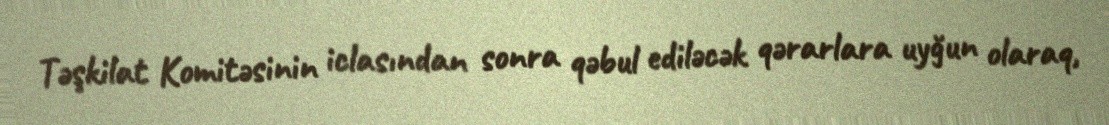
Təşkilat Komitəsinin iclasından sonra qəbul ediləcək qərarlara uyğun olaraq,